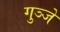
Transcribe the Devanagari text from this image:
गुञ्जे